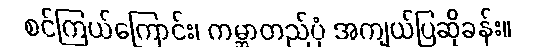
စင်ကြယ်ကြောင်း၊ ကမ္ဘာတည်ပုံ အကျယ်ပြဆိုခန်း။